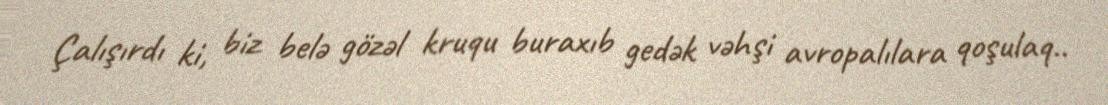
Çalışırdı ki, biz belə gözəl kruqu buraxıb gedək vəhşi avropalılara qoşulaq..